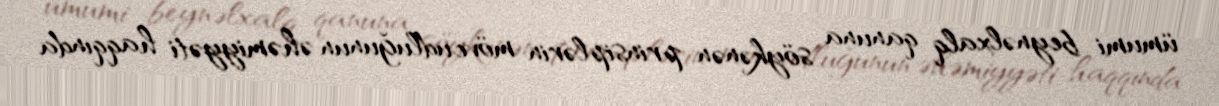
ümumi beynəlxalq qanuna söykənən prinsiplərin mövcudluğunun əhəmiyyəti haqqında